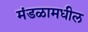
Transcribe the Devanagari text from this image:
मंडळामधील